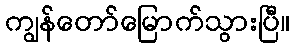
ကျွန်တော်မြောက်သွားပြီ။